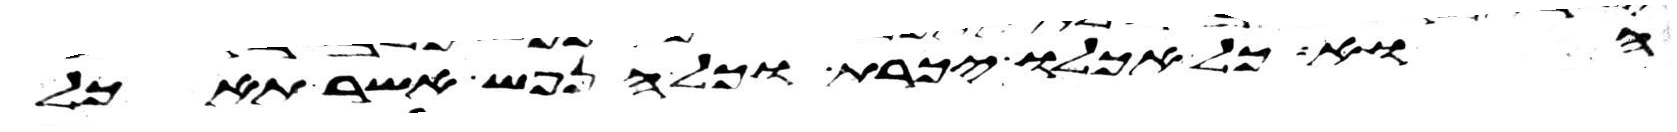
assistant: הוא כל אכלו יכרת וכל הנפש אשר תאכל